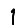
Digit: 1